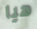
هيا